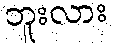
ဘူးလား